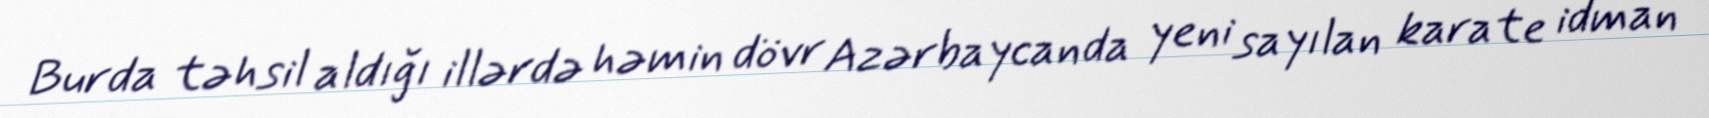
Burda təhsil aldığı illərdə həmin dövr Azərbaycanda yeni sayılan karate idman